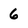
Character: 6